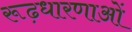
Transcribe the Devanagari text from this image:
रूढ़धारणाओं